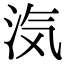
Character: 𭰑